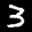
Label: 3